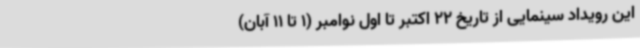
این رویداد سینمایی از تاریخ 22 اکتبر تا اول نوامبر (1 تا 11 آبان)